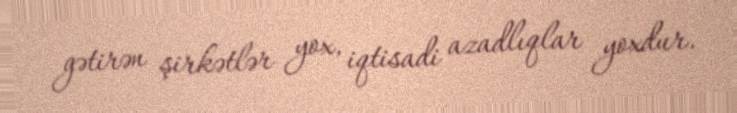
gətirən şirkətlər yox, iqtisadi azadlıqlar yoxdur.